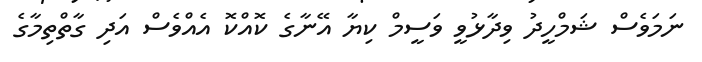
ނަމަވެސް ޝަމްހީދު ވިދާޅުވީ ވަސީމް ކިޔާ އޭނާގެ ކޮއްކޮ އެއްވެސް އަދި ގާތްތިމާގެ